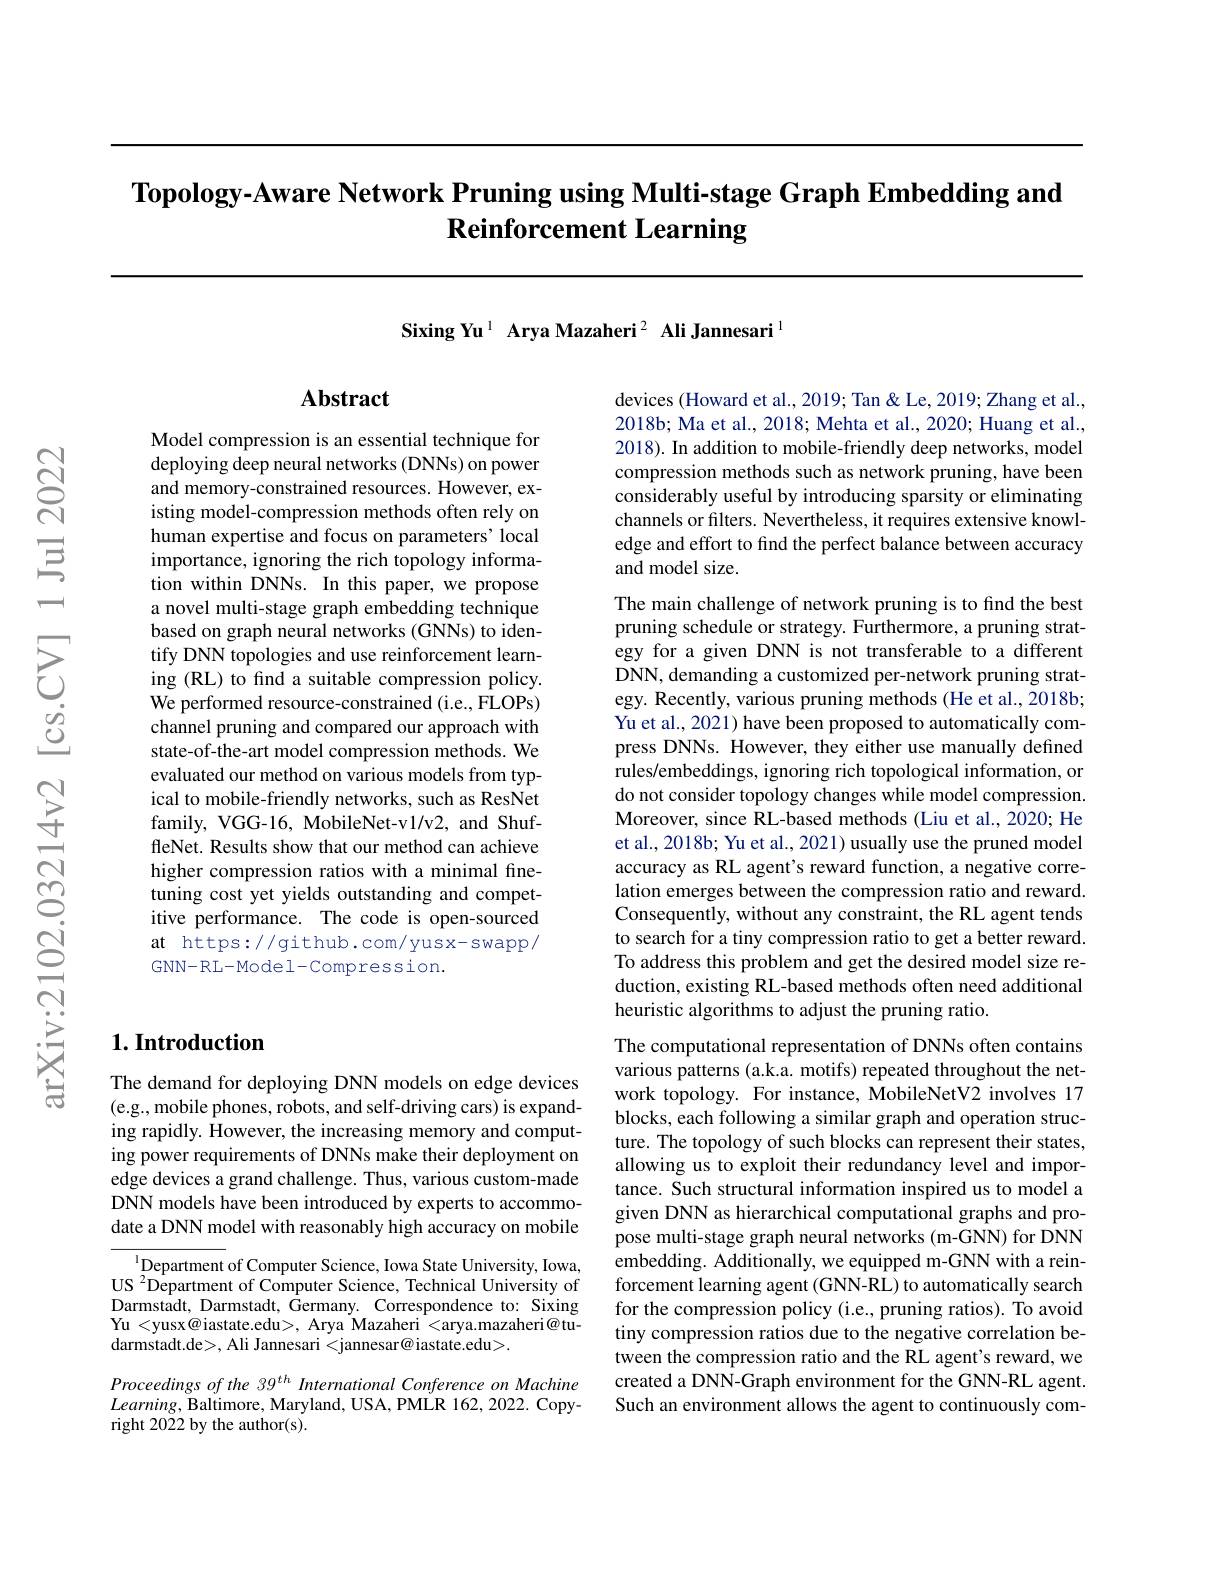
# Topology-Aware Network Pruning using Multi-stage Graph Embedding and Reinforcement Learning

Sixing Yu $^{1}$ Arya Mazaheri$^{2}$ Ali Jannesari$^{1}$

## $\mathbf{Abstract}$

Model compression is an essential technique for deploying deep neural networks (DNNs) on power and memory-constrained resources. However, existing model-compression methods often rely on human expertise and focus on parameters' local importance, ignoring the rich topology information within DNNs. In this paper, we propose a novel multi-stage graph embedding technique based on graph neural networks (GNNs) to identify DNN topologies and use reinforcement learning (RL) to find a suitable compression policy. We performed resource-constrained (i.e., FLOPs) channel pruning and compared our approach with state-of-the-art model compression methods. We evaluated our method on various models from typical to mobile-friendly networks, such as ResNet family, VGG-16, MobileNet-v1/v2, and ShuffleNet. Results show that our method can achieve higher compression ratios with a minimal finetuning cost yet yields outstanding and competitive performance. The code is open-sourced at https://github.com/yusx-swapp/ GNN-RL-Model-Compression.

## $1. \textbf{Introduction}$

The demand for deploying DNN models on edge devices (e.g., mobile phones, robots, and self-driving cars) is expanding rapidly. However, the increasing memory and computing power requirements of DNNs make their deployment on edge devices a grand challenge. Thus, various custom-made DNN models have been introduced by experts to accommodate a DNN model with reasonably high accuracy on mobile

$^{1}$Department of Computer Science, Iowa State University, Iowa, US $^2$Department of Computer Science, Technical University of Darmstadt, Darmstadt, Germany. Correspondence to: Sixing Yu <yusx@iastate.edu>, Arya Mazaheri <arya.mazaheri@tu- $\dot{\text{darmstadt.de>, Ali Jannesari}}<\dot{\text{jannesar@iastate.edu>}}.$

Proceedings of the 39$^{th}$ International Conference on Machine $Learning$, Baltimore, Maryland, USA, PMLR 162, 2022. Copyright 2022 by the author(s).

devices (Howard et al., 2019; Tan & Le, 2019; Zhang et al., 2018b; Ma et al., 2018; Mehta et al., 2020; Huang et al., 2018). In addition to mobile-friendly deep networks, model compression methods such as network pruning, have been considerably useful by introducing sparsity or eliminating channels or filters. Nevertheless, it requires extensive knowledge and effort to find the perfect balance between accuracy and model size.

The main challenge of network pruning is to find the best pruning schedule or strategy. Furthermore, a pruning strategy for a given DNN is not transferable to a different DNN, demanding a customized per-network pruning strategy. Recently, various pruning methods (He et al., 2018b; Yu et al., 2021) have been proposed to automatically compress DNNs. However, they either use manually defined rules/embeddings, ignoring rich topological information, or do not consider topology changes while model compression. Moreover, since RL-based methods (Liu et al., 2020; He et al., 2018b; Yu et al., 2021) usually use the pruned model accuracy as RL agent's reward function, a negative correlation emerges between the compression ratio and reward. Consequently, without any constraint, the RL agent tends to search for a tiny compression ratio to get a better reward. To address this problem and get the desired model size reduction, existing RL-based methods often need additional heuristic algorithms to adjust the pruning ratio.
The computational representation of DNNs often contains

various patterns (a.k.a. motifs) repeated throughout the network topology. For instance, MobileNetV2 involves 17 blocks, each following a similar graph and operation structure. The topology of such blocks can represent their states, allowing us to exploit their redundancy level and importance. Such structural information inspired us to model a given DNN as hierarchical computational graphs and propose multi-stage graph neural networks (m-GNN) for DNN embedding. Additionally, we equipped m-GNN with a reinforcement learning agent (GNN-RL) to automatically search for the compression policy (i.e., pruning ratios). To avoid tiny compression ratios due to the negative correlation between the compression ratio and the RL agent's reward, we created a DNN-Graph environment for the GNN-RL agent. Such an environment allows the agent to continuously com-